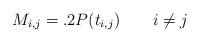
LaTeX: \begin{align*}M_{i,j} = .2 P(t_{i,j}) \qquad i \ne j\end{align*}